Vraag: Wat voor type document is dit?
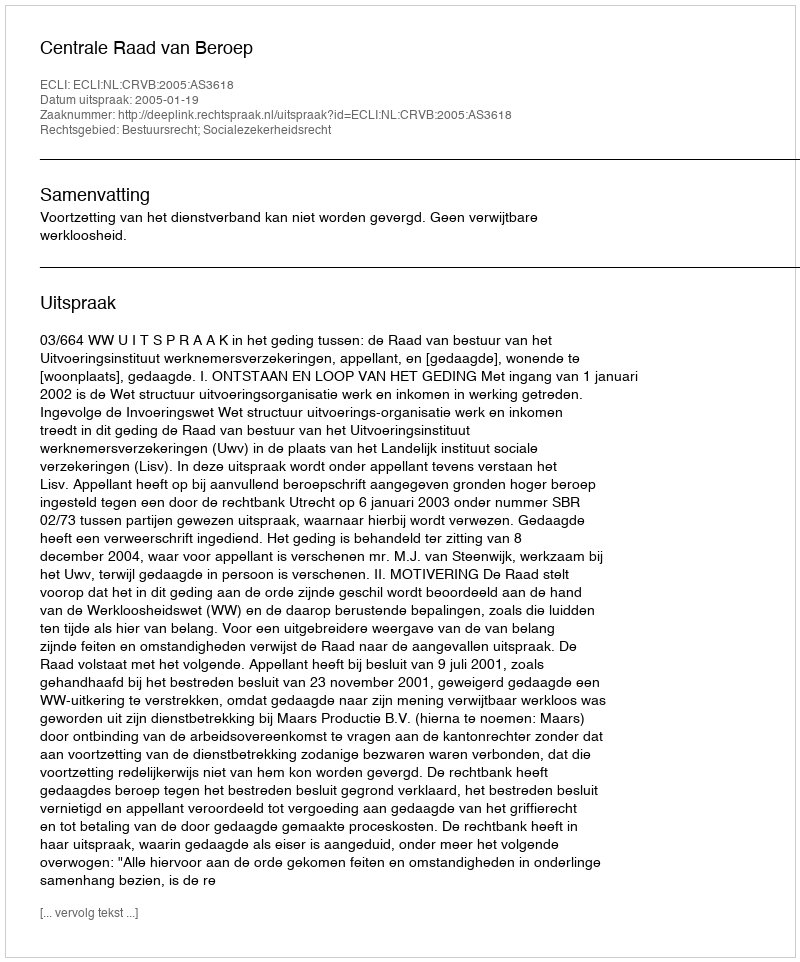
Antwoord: Uitspraak